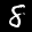
Label: 8